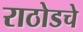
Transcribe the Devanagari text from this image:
राठोडचे